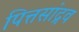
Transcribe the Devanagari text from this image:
पित्तसांद्रव